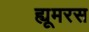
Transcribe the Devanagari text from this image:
ह्यूमरस